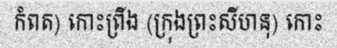
កំពត) កោះព្រីង (ក្រុងព្រះសីហនុ) កោះ